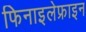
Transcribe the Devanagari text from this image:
फिनाइलेफ्राइन